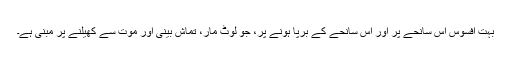
بہت افسوس اس سانحے پر اور اس سانحے کے برپا ہونے پر، جو لوٹ مار، تماش بینی اور موت سے کھیلنے پر مبنی ہے۔